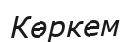
Көркем